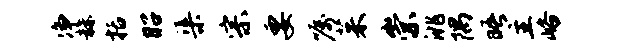
净赫括昭渠宗要嘱茱崇洮隅晤主峪